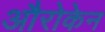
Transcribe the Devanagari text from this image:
औरोकेन